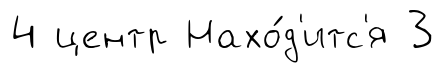
4 центр Нахо́д'итс'я 3